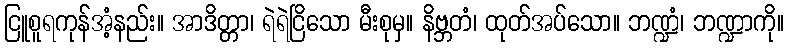
ငြူစူရကုန်အံ့နည်း။ အာဒိတ္တာ၊ ရဲရဲငြိသော မီးစုမှ။ နိဗ္ဘတံ၊ ထုတ်အပ်သော။ ဘဏ္ဍံ၊ ဘဏ္ဍာကို။